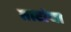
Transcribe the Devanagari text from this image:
ताटांचा